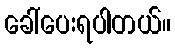
ခေါ်ပေးရပါတယ်။